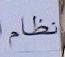
نظام